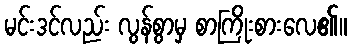
မင်းဒင်လည်း လွန်စွာမှ စာကြိုးစားလေ၏။